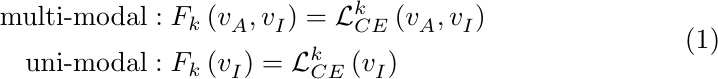
\begin{equation}
\begin{aligned}
\mathrm{multi}\mbox{-}\mathrm{modal}&: F_k\left( v_{A}^{},v_{I}^{} \right) =\mathcal{L} _{CE}^{k}\left( v_{A}^{},v_{I}^{} \right)
\\
\mathrm{uni}\mbox{-}\mathrm{modal}&: F_k\left( v_{I}^{} \right) =\mathcal{L} _{CE}^{k}\left( v_{I}^{} \right)
\end{aligned}
\label{eq:loss 1}
\end{equation}